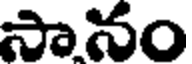
సానం